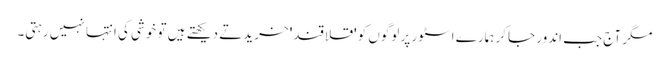
مگر آج جب اندور جاکر ہمارے اسٹور پر لوگوں کو 'قلاقند' خریدتے دیکھتے ہیں تو خوشی کی انتہا نہیں رہتی۔